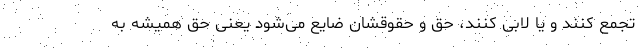
تجمع کنند و یا لابی کنند، حق و حقوقشان ضایع می‌شود یعنی حق همیشه به